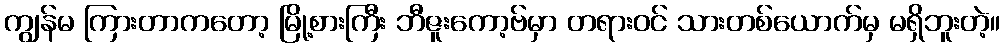
ကျွန်မ ကြားတာကတော့ မြို့စားကြီး ဘီဇူးကော့ဗ်မှာ တရားဝင် သားတစ်ယောက်မှ မရှိဘူးတဲ့။